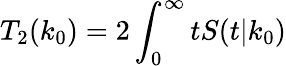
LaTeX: T_{2}(k_{0})=2\int_{0}^{\infty}tS(t|k_{0})